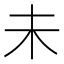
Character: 未